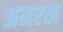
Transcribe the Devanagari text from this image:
अमरख